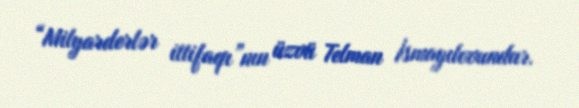
“Milyarderlər ittifaqı”nın üzvü Telman İsmayılovundur.